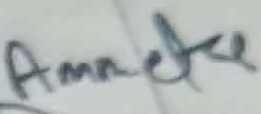
Text: Ammetre